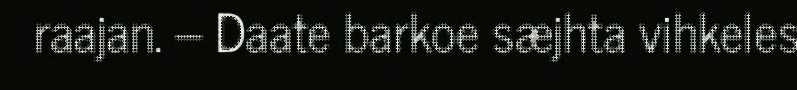
raajan. – Daate barkoe sæjhta vihkeles